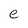
Character: c